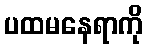
ပထမနေရာကို